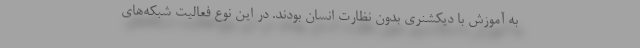
به آموزش با دیکشنری بدون نظارت انسان بودند. در این نوع فعالیت شبکه‌های